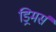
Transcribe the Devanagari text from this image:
ड्रिमर्स